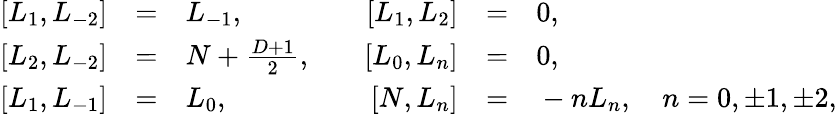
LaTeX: \begin{array}{rclrcl}{{\left[L_{1},L_{-2}\right]}}&{{=}}&{{L_{-1},}}&{{\quad\left[L_{1},L_{2}\right]}}&{{=}}&{{0,}}\\ {{\left[L_{2},L_{-2}\right]}}&{{=}}&{{N+\frac{D+1}{2},}}&{{\quad\left[L_{0},L_{n}\right]}}&{{=}}&{{0,}}\\ {{\left[L_{1},L_{-1}\right]}}&{{=}}&{{L_{0},}}&{{\quad\left[N,L_{n}\right]}}&{{=}}&{{{}-nL_{n},\quad n=0,\pm 1,\pm 2,}}\end{array}